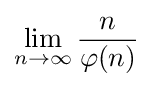
\lim _{n\to \infty }{\frac {n}{\varphi (n)}}